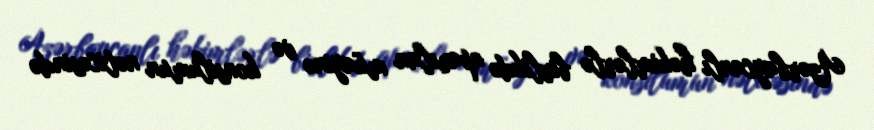
Azərbaycanlı həkimlərlə birlikdə aparılan müayinə və konsilumun nəticəsində